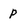
Character: p